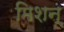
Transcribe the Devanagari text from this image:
मिशन्‌